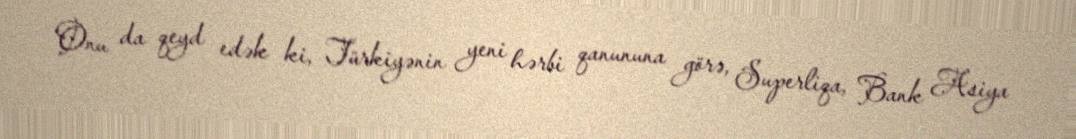
Onu da qeyd edək ki, Türkiyənin yeni hərbi qanununa görə, Superliqa, Bank Asiya